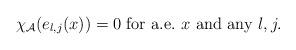
LaTeX: \begin{align*}\chi_{\mathcal{A}}(e_{l, j}(x))=0\ \mathrm{for}\ \mathrm{a.e.}\ x\ \mathrm{and}\ \mathrm{any}\ l,j.\end{align*}